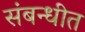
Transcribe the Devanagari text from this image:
संबन्धीत